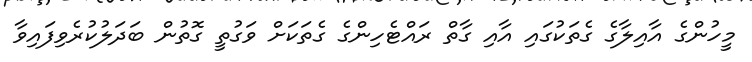
މީހުންގެ އާއިލާގެ ގެތަކުގައި އާއި ގާތް ރައްޓެހިންގެ ގެތަކަށް ވަގުތީ ގޮތުން ބަދަލުކުރެވިފައިވާ